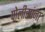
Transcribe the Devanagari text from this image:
पोलीसांना